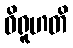
ဝိရူဟတိ